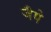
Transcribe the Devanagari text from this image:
जैये